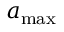
a _ { \mathrm { m a x } }